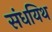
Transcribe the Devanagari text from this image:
संधयिथ